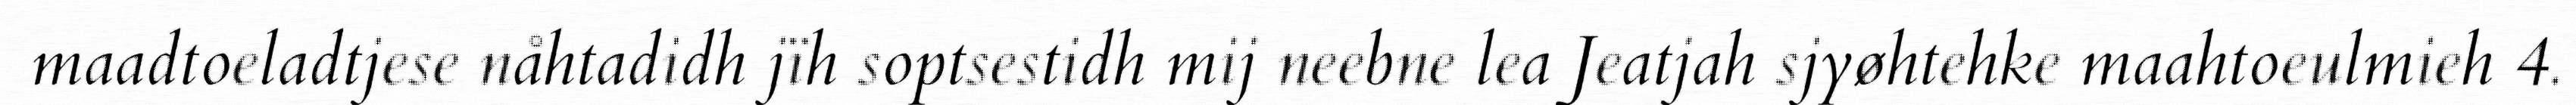
maadtoeladtjese nåhtadidh jïh soptsestidh mij neebne lea Jeatjah sjyøhtehke maahtoeulmieh 4.